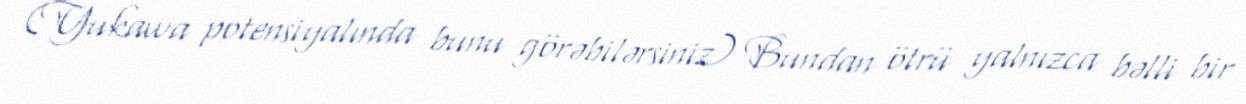
(Yukawa potensiyalında bunu görəbilərsiniz) Bundan ötrü yalnızca bəlli bir